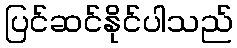
ပြင်ဆင်နိုင်ပါသည်